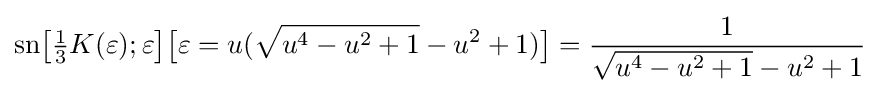
{\text{sn}}{\bigl [}{\tfrac {1}{3}}K(\varepsilon );\varepsilon {\bigr ]}{\bigl [}\varepsilon =u({\sqrt {u^{4}-u^{2}+1}}-u^{2}+1){\bigr ]}={\frac {1}{{\sqrt {u^{4}-u^{2}+1}}-u^{2}+1}}